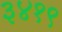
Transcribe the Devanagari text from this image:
३४१९